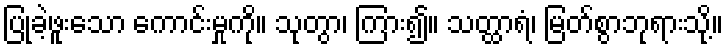
ပြုခဲ့ဖူးသော ကောင်းမှုကို။ သုတွာ၊ ကြား၍။ သတ္ထာရံ၊ မြတ်စွာဘုရားသို့။